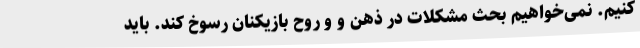
کنیم. نمی‌خواهیم بحث مشکلات در ذهن و و روح بازیکنان رسوخ کند. باید